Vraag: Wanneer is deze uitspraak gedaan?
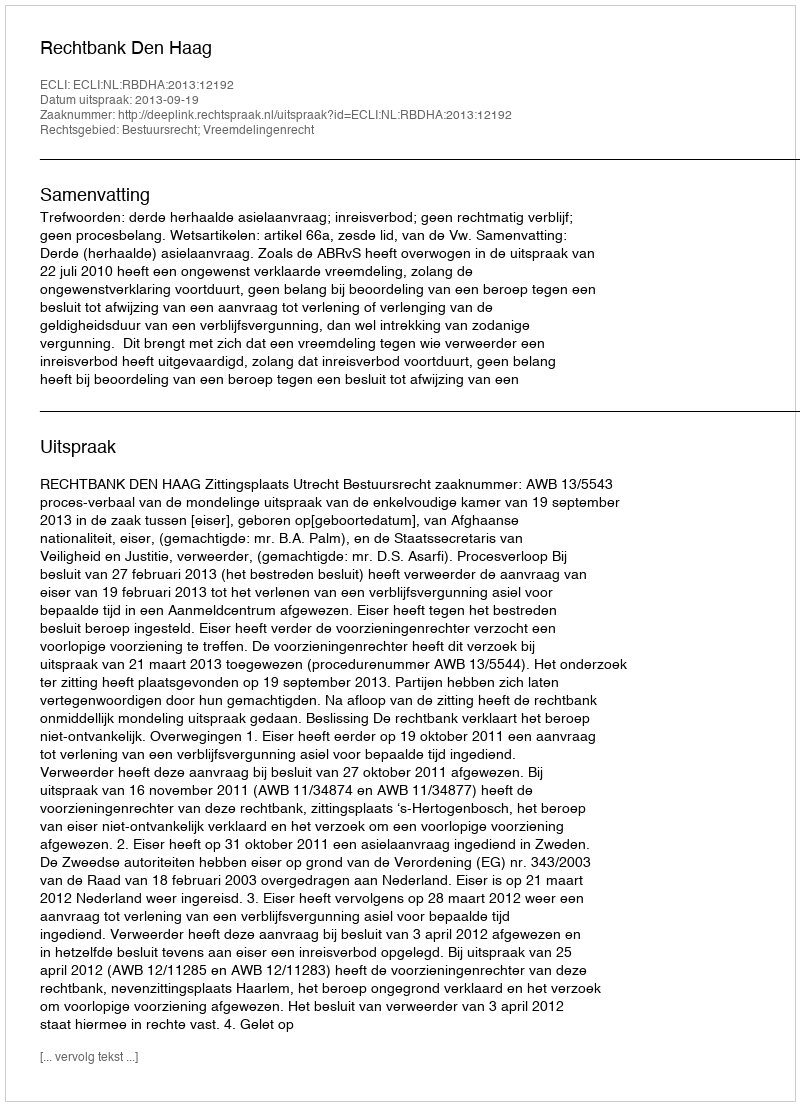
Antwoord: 2013-09-19